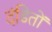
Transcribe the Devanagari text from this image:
दंडितों